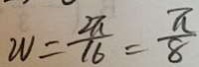
W = \frac { 2 \pi } { 1 6 } = \frac { \pi } { 8 }